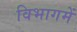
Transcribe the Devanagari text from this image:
विभागमें